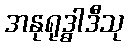
အနုရုဒ္ဓါဒီသု